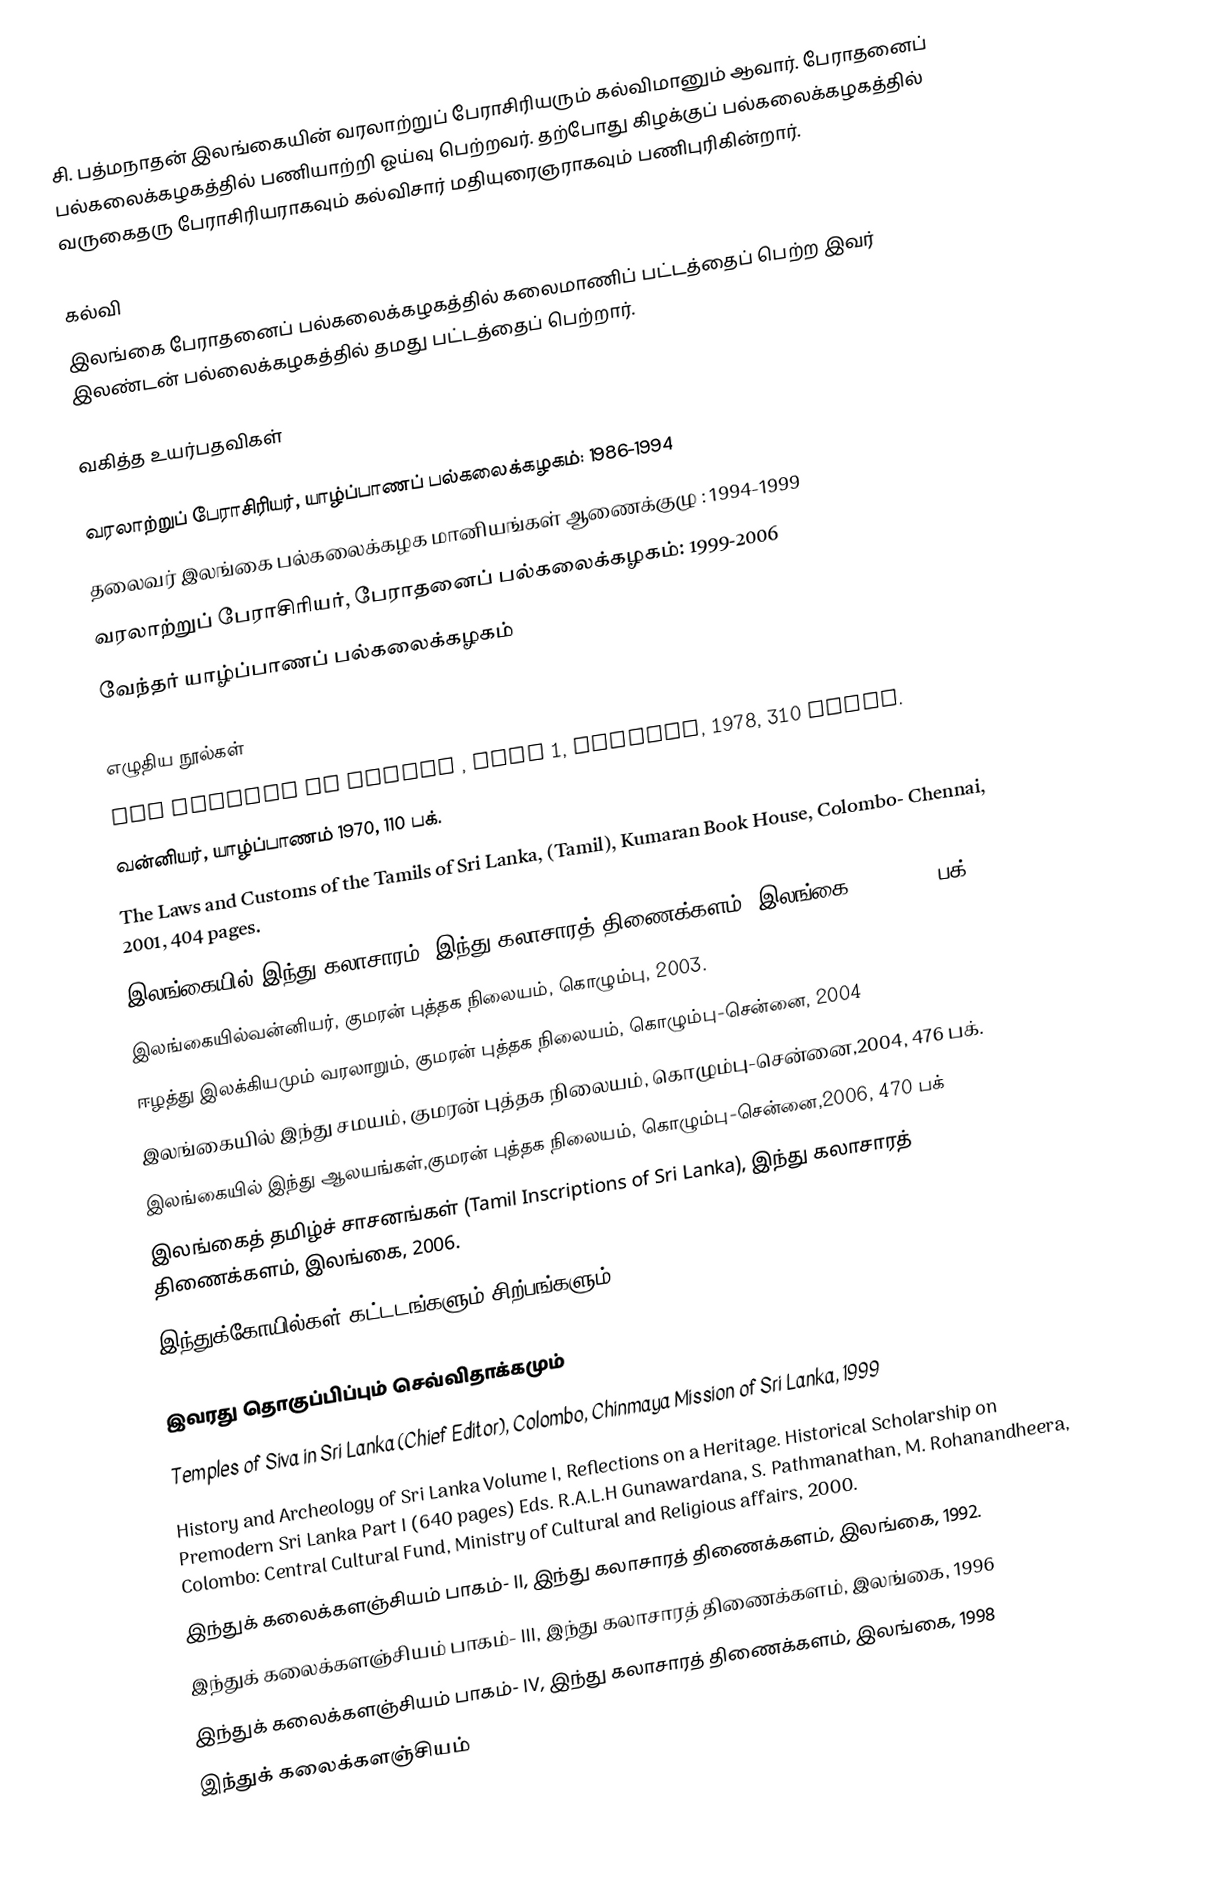
சி. பத்மநாதன் இலங்கையின் வரலாற்றுப் பேராசிரியரும் கல்விமானும் ஆவார். பேராதனைப் பல்கலைக்கழகத்தில் பணியாற்றி ஓய்வு பெற்றவர். தற்போது கிழக்குப் பல்கலைக்கழகத்தில் வருகைதரு பேராசிரியராகவும் கல்விசார் மதியுரைஞராகவும் பணிபுரிகின்றார்.

கல்வி
இலங்கை பேராதனைப் பல்கலைக்கழகத்தில் கலைமாணிப் பட்டத்தைப் பெற்ற இவர் இலண்டன் பல்லைக்கழகத்தில் தமது பட்டத்தைப் பெற்றார்.

வகித்த உயர்பதவிகள்

வரலாற்றுப் பேராசிரியர், யாழ்ப்பாணப் பல்கலைக்கழகம்: 1986-1994
தலைவர் இலங்கை பல்கலைக்கழக மானியங்கள் ஆணைக்குழு : 1994-1999
வரலாற்றுப் பேராசிரியர், பேராதனைப் பல்கலைக்கழகம்: 1999-2006
வேந்தர் யாழ்ப்பாணப் பல்கலைக்கழகம்

எழுதிய நூல்கள்
 The Kingdom of Jaffna , Part 1, Colombo, 1978, 310 pages.
 வன்னியர், யாழ்ப்பாணம் 1970, 110 பக்.
 The Laws and Customs of the Tamils of Sri Lanka, (Tamil), Kumaran Book House, Colombo- Chennai, 2001, 404 pages.
 இலங்கையில் இந்து கலாசாரம், இந்து கலாசாரத் திணைக்களம், இலங்கை 2000, 467 பக்.
 இலங்கையில்வன்னியர், குமரன் புத்தக நிலையம், கொழும்பு, 2003.
 ஈழத்து இலக்கியமும் வரலாறும், குமரன் புத்தக நிலையம், கொழும்பு-சென்னை, 2004
 இலங்கையில் இந்து சமயம், குமரன் புத்தக நிலையம், கொழும்பு-சென்னை,2004, 476 பக்.
 இலங்கையில் இந்து ஆலயங்கள்,குமரன் புத்தக நிலையம், கொழும்பு-சென்னை,2006, 470 பக்
 இலங்கைத் தமிழ்ச் சாசனங்கள் (Tamil Inscriptions of Sri Lanka), இந்து கலாசாரத் திணைக்களம், இலங்கை, 2006.
 இந்துக்கோயில்கள் கட்டடங்களும் சிற்பங்களும்.

இவரது தொகுப்பிப்பும் செவ்விதாக்கமும்
 Temples of Siva in Sri Lanka (Chief Editor), Colombo, Chinmaya Mission of Sri Lanka, 1999
 History and Archeology of Sri Lanka Volume I, Reflections on a Heritage. Historical Scholarship on Premodern Sri Lanka Part I (640 pages) Eds. R.A.L.H Gunawardana, S. Pathmanathan, M. Rohanandheera, Colombo: Central Cultural Fund, Ministry of Cultural and Religious affairs, 2000.
 இந்துக் கலைக்களஞ்சியம் பாகம்- II, இந்து கலாசாரத் திணைக்களம், இலங்கை, 1992.
 இந்துக் கலைக்களஞ்சியம் பாகம்- III, இந்து கலாசாரத் திணைக்களம், இலங்கை, 1996
 இந்துக் கலைக்களஞ்சியம் பாகம்- IV, இந்து கலாசாரத் திணைக்களம், இலங்கை, 1998
 இந்துக் கலைக்களஞ்சியம்